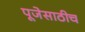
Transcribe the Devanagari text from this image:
पूजेसाठीच